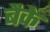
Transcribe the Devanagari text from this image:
बैके